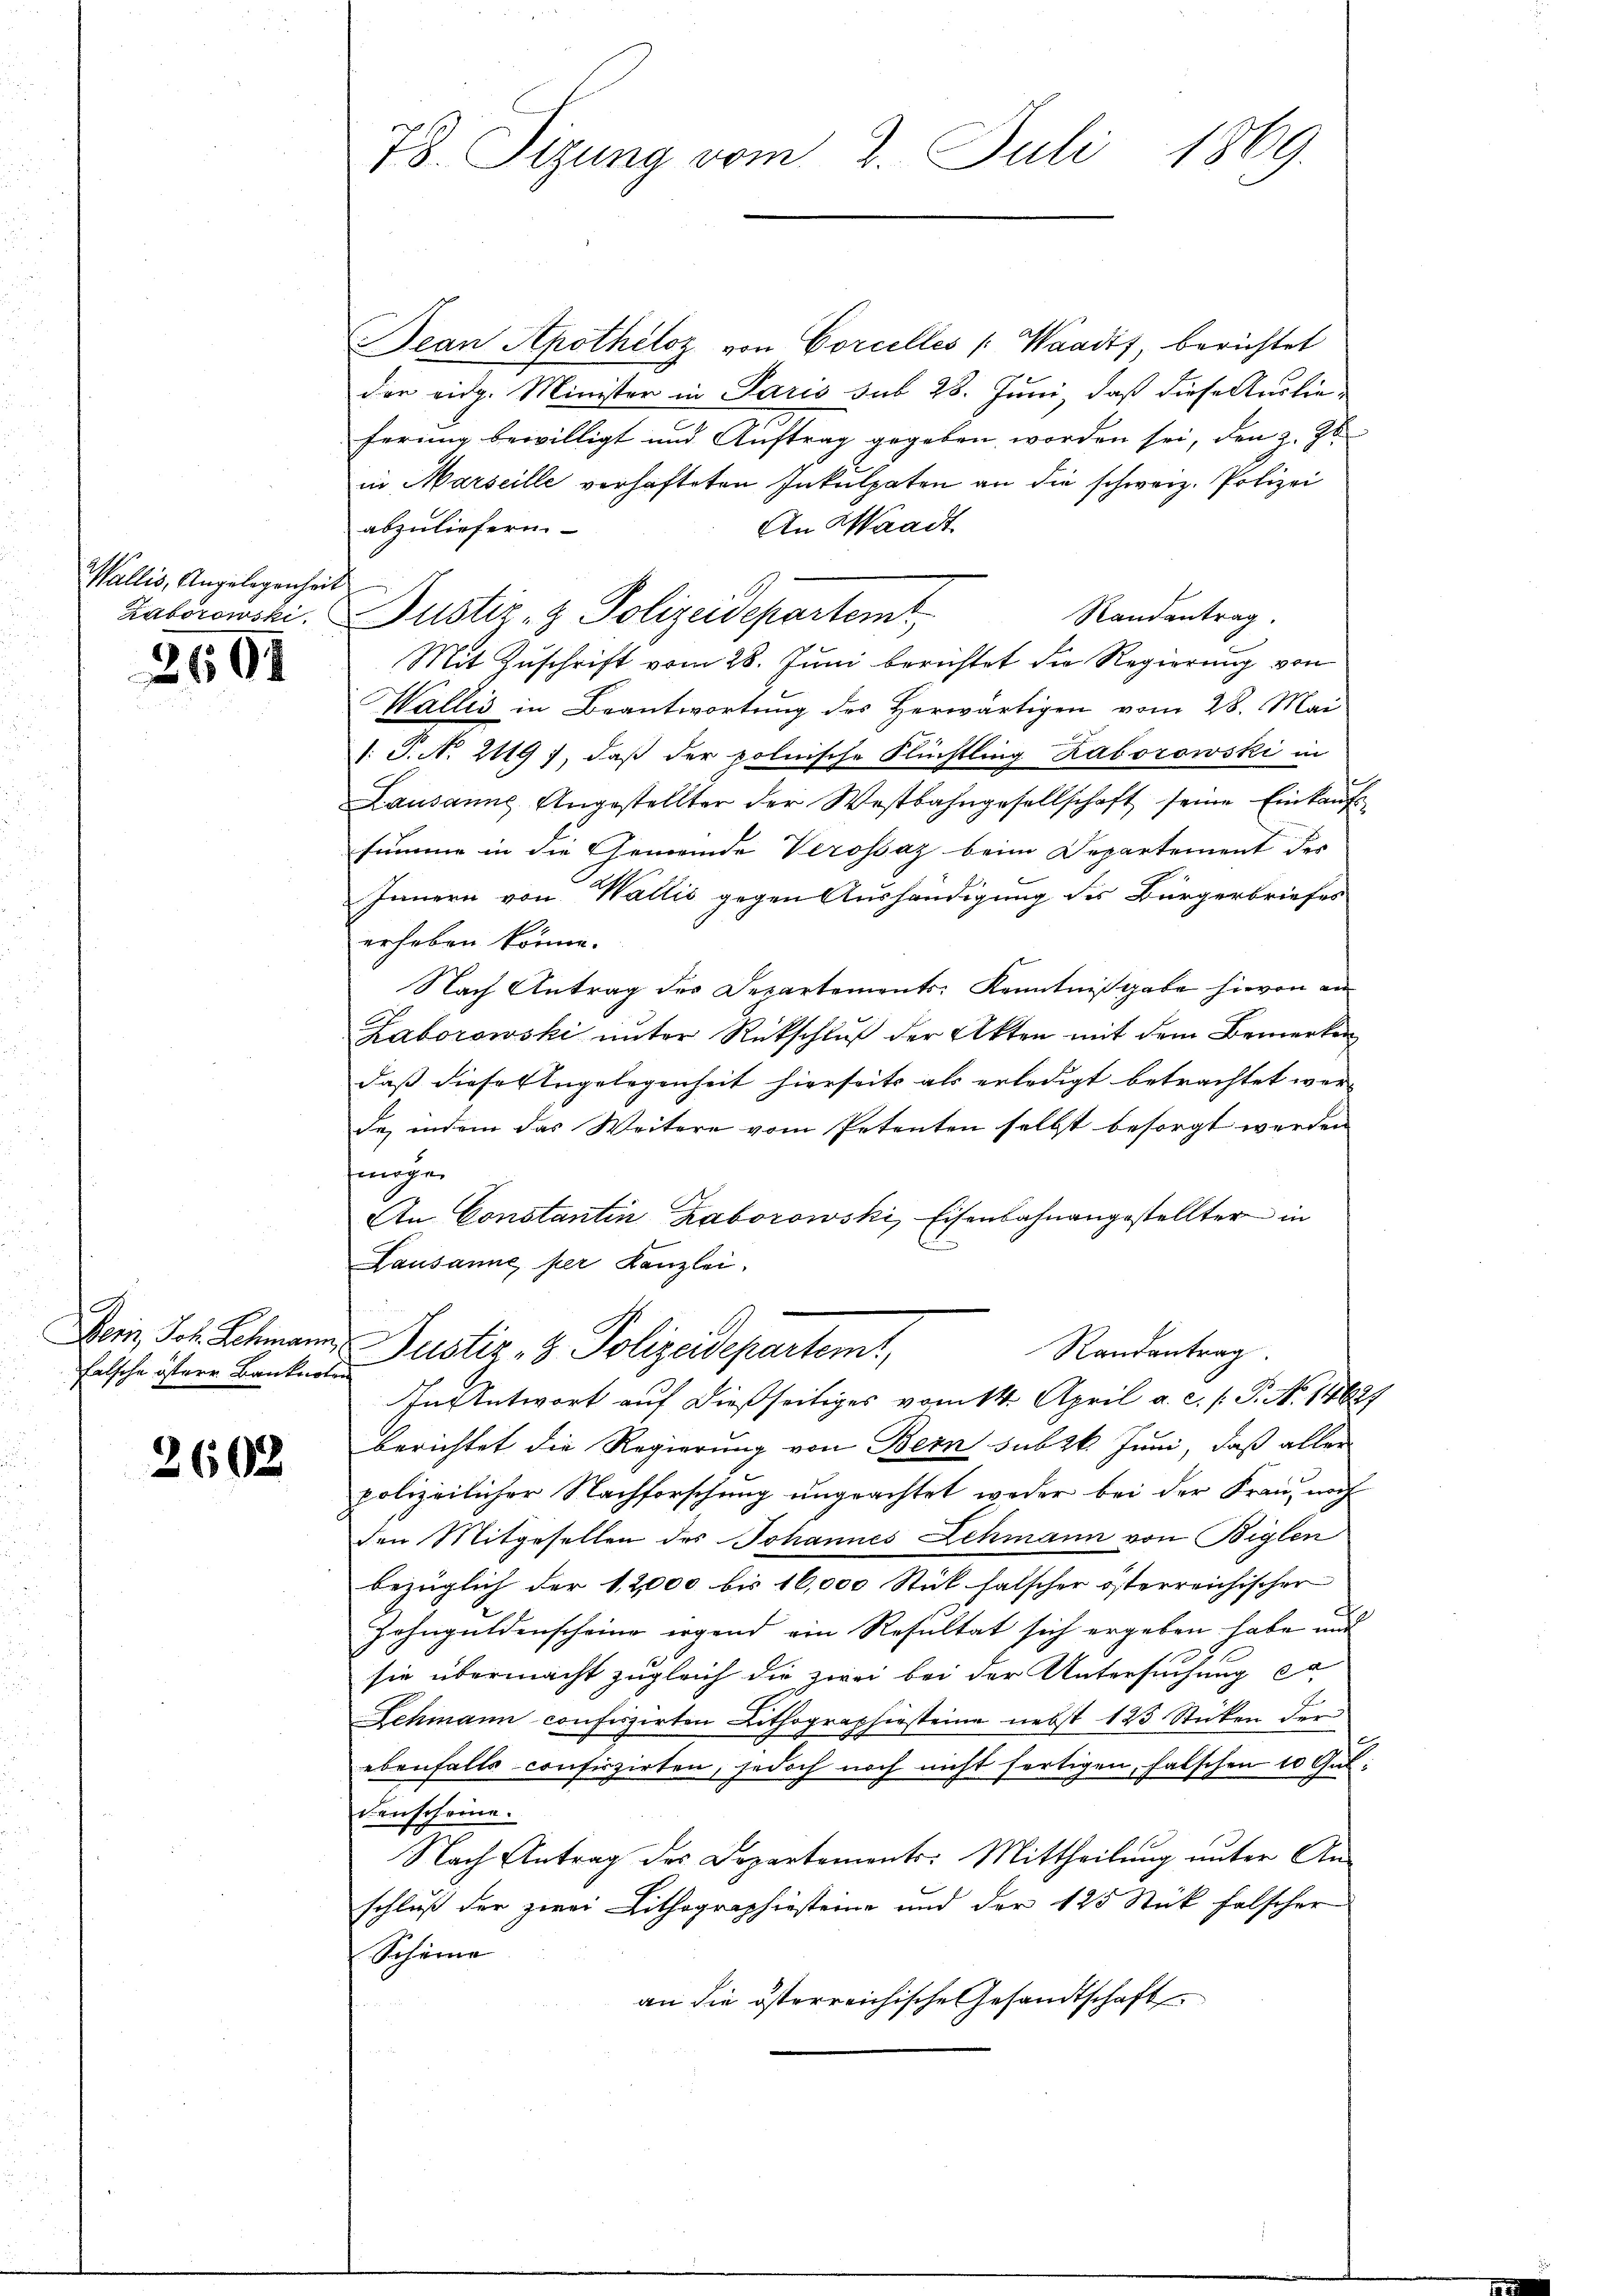
Wallis, Angelegenheit

2601

f
falsche östere Banknoten

2602

78. Sizung vom 2. Juli 1869.

Jean Apotheloz von Corcelles (Waadt, berichtet
der eidg. Minister in Paris sub 28. Juni, daß diese Auslieferung bewilligt und Auftrag gegeben worden sei, den z. Z
in Marseille verhafteten Inkulpaten an die schweiz. Polizei
abzuliefern.
An Waadt
Laborowski, Justiz- & Polizeidepartemt,
Randantrag.
Mit Zuschrift vom 28. Juni berichtet die Regierung von
Wallis in Beantwortung des Herwärtigen vom 28. Mai
1. P. No 2119), daß der polnische Flüchtling Laborowski in
Lausanne Angestellter der Westbahngesellschaft seine Einkaŭfs
summe in die Gemeinde Verossaz beim Departement der
Innern von Wallis gegen Aushändigung des Bürgerbriefes
erheben könne.
Nach Antrag des Departements Kenntnißgabe hievon an
Laborowski ŭnter Rückschlŭβ der Akten mit dem Bemerken
daß diese Angelegenheit hierseits als erledigt betrachtet wer-
de, indem das Weitere vom Petenten selbst besorgt werden
frenge
An Constantin Laborowski, Eisenbahnangestellter in
Lausanne, per Kanzlei,
Bein, Joh. Schmann, Justiz - 8. Polizeidepartem
Randantrag.
In Antwort auf dießseitiges vom 14. April a. c. s. P. N. 14621
berichtet die Regierung von Bern subzk. Juni, daß aller
polizeilicher Nachforschung ungeachtet weder bei der Frau, noch
den Mitgesellen des Johannes Lehmann von Biglen
bezüglich der 12,000 bis 16,000 Stück falscher österreichischer
Zohnguldenscheine irgend ein Resultat sich ergeben habe und
sie übermacht zugleich die zwei bei der Untersuchung er
Schmann confiszirten Lithographiesteine nebst 123 Stücken der
ebenfalls confirzirten, jedoch noch nicht fertigen, falschen 10 Guldenscheine.
Nach Antrag des Departements: Mittheilung unter An-
schluß der zwei Lithographiesteine und der 125 Stück falscher
Scheine
an die österreichische Gesandtschaft